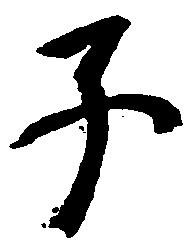
子